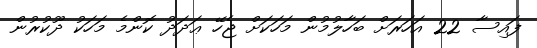
ފައިސާ 22 އަހަރަށް ބަހާލުމުން މަހަކަށް ޖެހޭ ޢަދަދު ކޮންމެ މަހަކު ދޫކުރުން